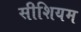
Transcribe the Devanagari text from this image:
सीशियम